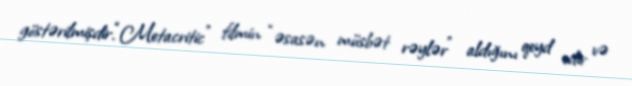
göstərilmişdir.“Metacritic” filmin “əsasən müsbət rəylər” aldığını qeyd edir və